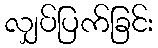
လျှပ်ပြက်ခြင်း